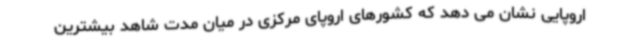
اروپایی نشان می دهد که کشورهای اروپای مرکزی در میان مدت شاهد بیشترین